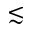
\lesssim